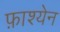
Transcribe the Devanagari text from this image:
फ़ाश्येन